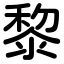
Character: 黎